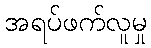
အရပ်ဖက်လူမှု